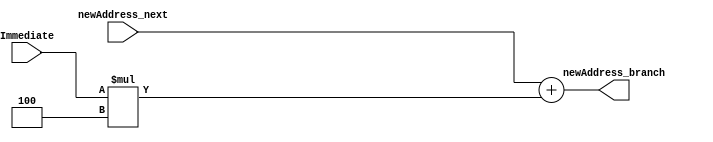
`timescale 1ns / 1ps
//////////////////////////////////////////////////////////////////////////////////
// Company: 
// Engineer: 
// 
// Design Name: 
// Module Name:    ALU_branch 
// Project Name: 
// Target Devices: 
// Tool versions: 
// Description: 
//
// Dependencies: 
//
// Revision: 
// Revision 0.01 - File Created
// Additional Comments: 
//
//////////////////////////////////////////////////////////////////////////////////
module ALU_branch(
    input [32:1] newAddress_next,
    input [32:1] Immediate,
    output reg [32:1] newAddress_branch
    );

    parameter Gap = 4;

    always @(newAddress_next or Immediate)begin
        newAddress_branch = newAddress_next + (Immediate*Gap);
        //$display($time," newAddress_branch:%b\n",newAddress_branch);
    end


endmodule